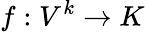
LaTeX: f:V^{k}\to K